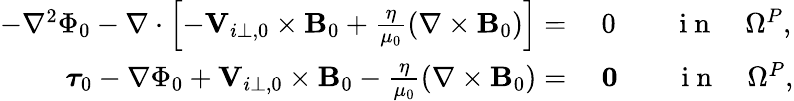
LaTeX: \begin{array}{rl}{-\nabla^{2}\Phi_{0}-\nabla\cdot\left[-{\mathbf V}_{i\perp,0}\times{\mathbf B_{0}}+\frac{\eta}{\mu_{0}}\left(\nabla\times{\mathbf B_{0}}\right)\right]=}&{{}~0\qquad\mathrm{~i~n~}\quad\Omega^{P},}\\ {\boldsymbol{\tau}_{0}-\nabla\Phi_{0}+{\mathbf V}_{i\perp,0}\times{\mathbf B_{0}}-\frac{\eta}{\mu_{0}}\left(\nabla\times{\mathbf B_{0}}\right)=}&{{}~\mathbf{0}\qquad\mathrm{~i~n~}\quad\Omega^{P},}\end{array}